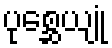
ပုစ္ဆေယျုံ